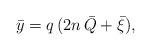
LaTeX: \begin{align*}\bar{y}=q\,(2n\, \bar{Q}+\bar{\xi}), \end{align*}